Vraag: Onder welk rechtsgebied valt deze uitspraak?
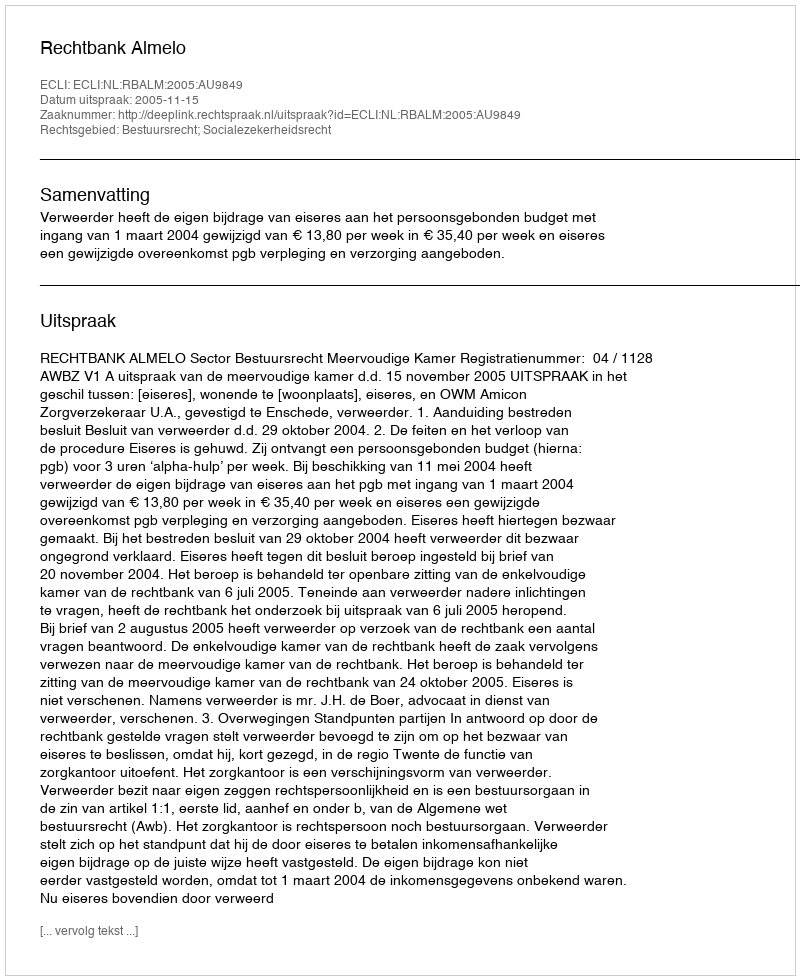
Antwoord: Bestuursrecht; Socialezekerheidsrecht